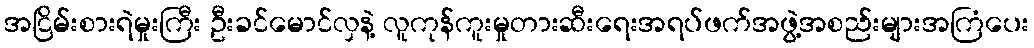
အငြိမ်းစားရဲမှုးကြီး ဦးခင်မောင်လှနဲ့ လူကုန်ကူးမှုတားဆီးရေးအရပ်ဖက်အဖွဲ့အစည်းများအကြံပေး